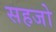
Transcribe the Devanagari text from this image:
सहजो